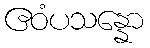
ဧဝံပသန္နော